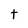
Character: t